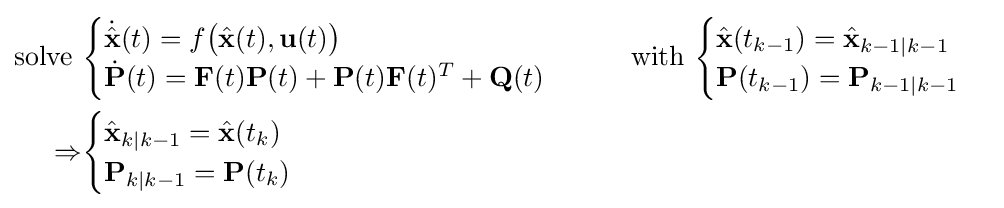
{\begin{aligned}{\text{solve }}&{\begin{cases}{\dot {\hat {\mathbf {x} }}}(t)=f{\bigl (}{\hat {\mathbf {x} }}(t),\mathbf {u} (t){\bigr )}\\{\dot {\mathbf {P} }}(t)=\mathbf {F} (t)\mathbf {P} (t)+\mathbf {P} (t)\mathbf {F} (t)^{T}+\mathbf {Q} (t)\end{cases}}\qquad {\text{with }}{\begin{cases}{\hat {\mathbf {x} }}(t_{k-1})={\hat {\mathbf {x} }}_{k-1|k-1}\\\mathbf {P} (t_{k-1})=\mathbf {P} _{k-1|k-1}\end{cases}}\\\Rightarrow &{\begin{cases}{\hat {\mathbf {x} }}_{k|k-1}={\hat {\mathbf {x} }}(t_{k})\\\mathbf {P} _{k|k-1}=\mathbf {P} (t_{k})\end{cases}}\end{aligned}}